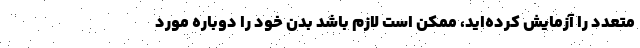
متعدد را آزمایش کرده‌اید، ممکن است لازم باشد بدن خود را دوباره مورد